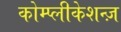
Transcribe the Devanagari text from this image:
कोम्प्लीकेशन्ज़